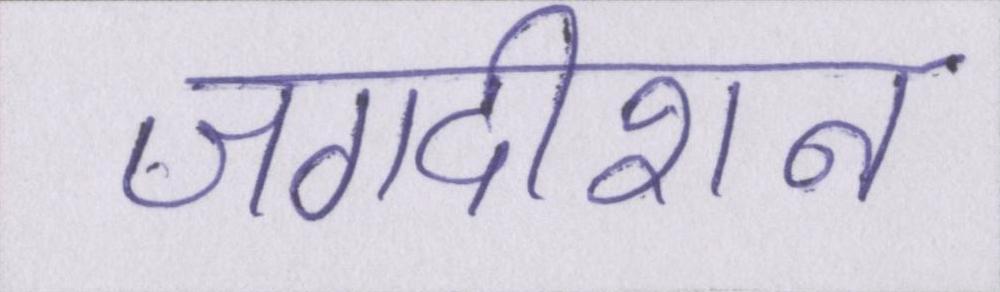
जगदीशन